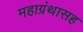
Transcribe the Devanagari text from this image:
महाग्रंथासह